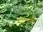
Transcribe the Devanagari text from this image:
अंतिमप्रसारण